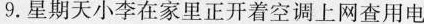
9.星期天小李在家里正开着空调上网查用电